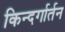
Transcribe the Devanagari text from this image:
किन्दर्गार्तन